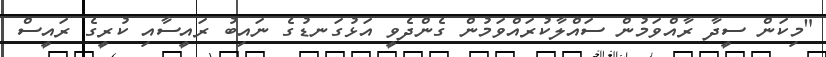
"މިކަން ސީދާ ރާއްވަމުން ސައްލާކުރައްވަމުން ގެންދެވީ އަޅުގަނޑުގެ ނައިބު ރައީސާއި ކުރީގެ ރައީސް